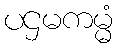
ပဌမကမ္မံ